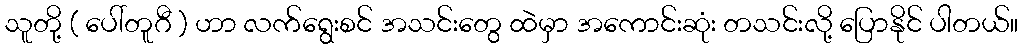
သူတို့ ( ပေါ်တူဂီ ) ဟာ လက်ရွေးစင် အသင်းတွေ ထဲမှာ အကောင်းဆုံး တသင်းလို့ ပြောနိုင် ပါတယ်။